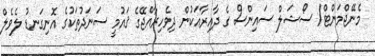
މެނޭޖްމަންޓް/ ސޯޝަލް ސައިންސް ގެ ދާއިރާއަކުން ދިވެހިރާއްޖޭގެ ޤައުމީ ސަނަދުތަކުގެ އޮނިގަނޑު ލެވެލް